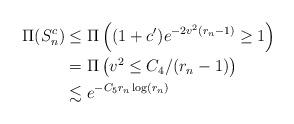
LaTeX: \begin{align*}\Pi(S_n^c) &\leq \Pi\left( (1+c')e^{-2v^2(r_n - 1)} \geq 1 \right) \\ & = \Pi\left( v^2 \leq C_4/(r_n-1) \right) \\ & \lesssim e^{-C_5r_n \log(r_n)} \end{align*}